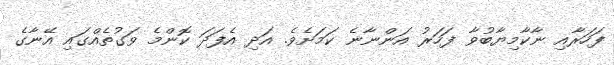
ފަހަރާއި ނާކާމިޔާބުވާ ފަހަރު އަންނާނެ ކަމަށެވެ. އަދި އެފަދަ ކޮންމެ ވަގުތެއްގައި އޭނާގެ